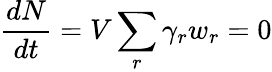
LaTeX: {\frac{dN}{dt}}=V\sum_{r}\gamma_{r}w_{r}=0